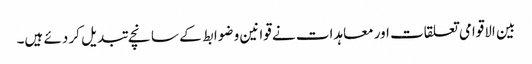
بین الاقوامی تعلقات اور معاہدات نے قوانین و ضوابط کے سانچے تبدیل کر دئے ہیں۔